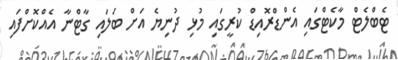
ޓެބްލެޓް މާކެޓްގައި އެންޑްރޮއިޑް ކުރީގައި މުޅި ދުނިޔެ އަށް ބަލައި ގާޓްނާ އެއްކޮށްފައި